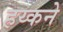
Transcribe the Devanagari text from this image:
हय्कने